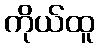
ကိုယ်ထူ